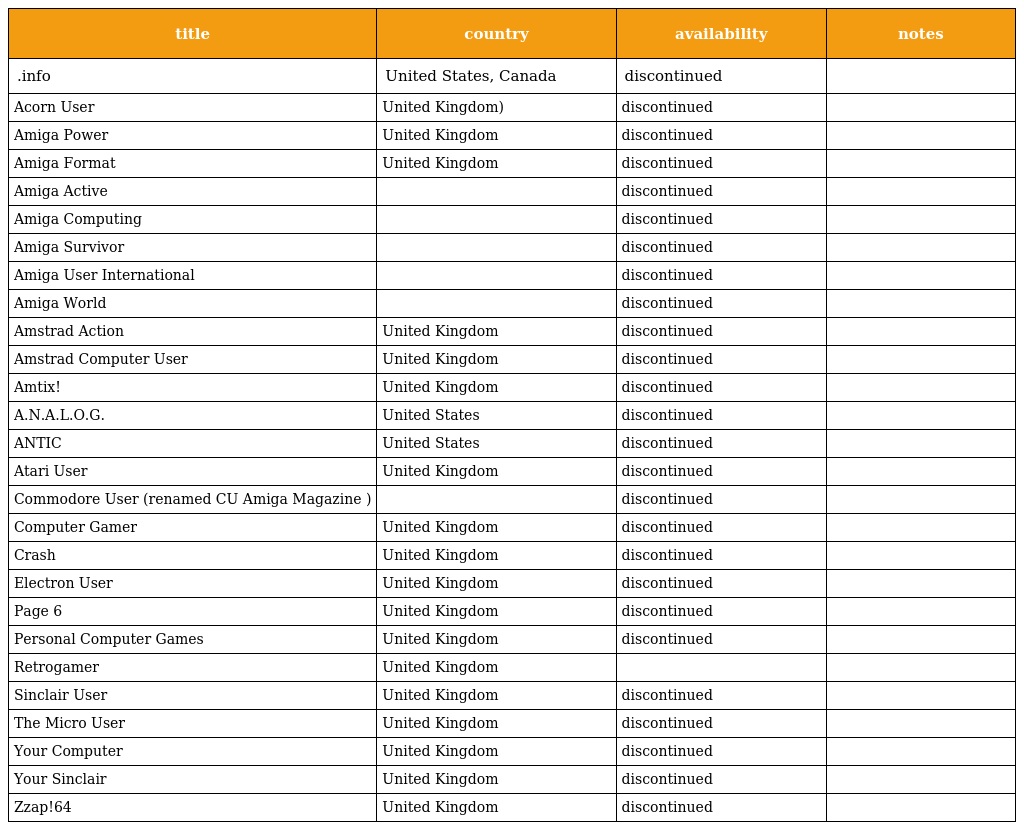
| title | country | availability | notes |
 | --- | --- | --- | --- |
 | .info | United States, Canada | discontinued |  |
 | Acorn User | United Kingdom) | discontinued |  |
 | Amiga Power | United Kingdom | discontinued |  |
 | Amiga Format | United Kingdom | discontinued |  |
 | Amiga Active |  | discontinued |  |
 | Amiga Computing |  | discontinued |  |
 | Amiga Survivor |  | discontinued |  |
 | Amiga User International |  | discontinued |  |
 | Amiga World |  | discontinued |  |
 | Amstrad Action | United Kingdom | discontinued |  |
 | Amstrad Computer User | United Kingdom | discontinued |  |
 | Amtix! | United Kingdom | discontinued |  |
 | A.N.A.L.O.G. | United States | discontinued |  |
 | ANTIC | United States | discontinued |  |
 | Atari User | United Kingdom | discontinued |  |
 | Commodore User (renamed CU Amiga Magazine ) |  | discontinued |  |
 | Computer Gamer | United Kingdom | discontinued |  |
 | Crash | United Kingdom | discontinued |  |
 | Electron User | United Kingdom | discontinued |  |
 | Page 6 | United Kingdom | discontinued |  |
 | Personal Computer Games | United Kingdom | discontinued |  |
 | Retrogamer | United Kingdom |  |  |
 | Sinclair User | United Kingdom | discontinued |  |
 | The Micro User | United Kingdom | discontinued |  |
 | Your Computer | United Kingdom | discontinued |  |
 | Your Sinclair | United Kingdom | discontinued |  |
 | Zzap!64 | United Kingdom | discontinued |  |